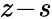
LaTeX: z\! -\! s